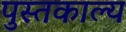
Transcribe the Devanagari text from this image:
पुस्तकाल्य